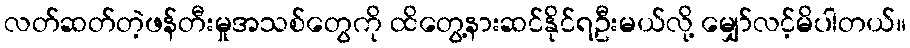
လတ်ဆတ်တဲ့ဖန်တီးမှုအသစ်တွေကို ထိတွေ့နားဆင်နိုင်ရဦးမယ်လို့ မျှော်လင့်မိပါတယ်။